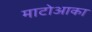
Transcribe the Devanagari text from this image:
माटोआका